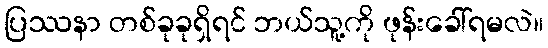
ပြဿနာ တစ်ခုခုရှိရင် ဘယ်သူ့ကို ဖုန်းခေါ်ရမလဲ။